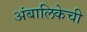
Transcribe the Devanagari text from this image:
अंबालिकेची